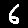
Digit: 6